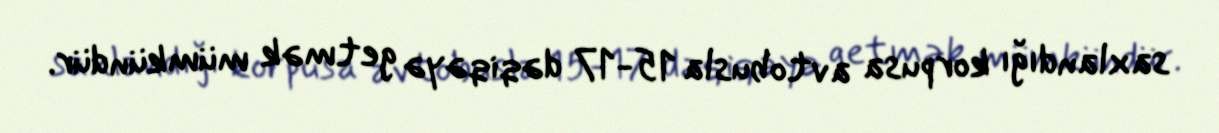
saxlandığı korpusa avtobusla 15-17 dəqiqəyə getmək mümkündür.